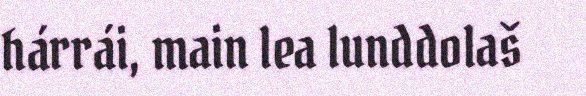
hárrái, main lea lunddolaš